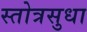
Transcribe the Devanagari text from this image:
स्तोत्रसुधा